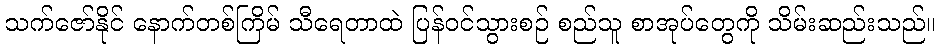
သက်ဇော်နိုင် နောက်တစ်ကြိမ် သီရေတာထဲ ပြန်ဝင်သွားစဉ် စည်သူ စာအုပ်တွေကို သိမ်းဆည်းသည်။